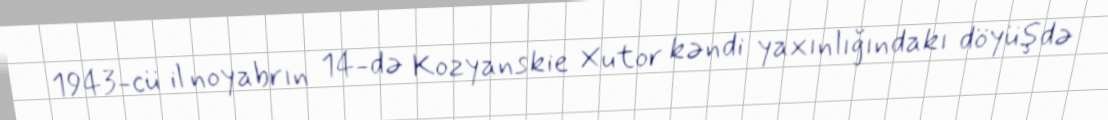
1943-cü il noyabrın 14-də Kozyanskie Xutor kəndi yaxınlığındakı döyüşdə